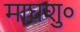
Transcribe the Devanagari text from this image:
माघशु०